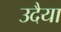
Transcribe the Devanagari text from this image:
उदैया